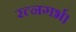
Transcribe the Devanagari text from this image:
रत्नगर्भ।